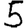
Digit: 5